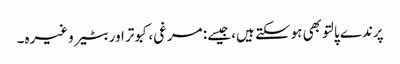
پرندے پالتو بھی ہوسکتے ہیں، جیسے: مرغی، کبوتر اور بٹیر وغیرہ۔